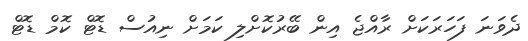
ދެވަނަ ފަހަރަކަށް ރާއްޖެ އިން ބޭރުކޮށްލި ކަމަށް ނިއުސް ޑޮޓް ކޮމް ޑޮޓް